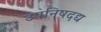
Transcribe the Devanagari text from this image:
उपनिषदद्य